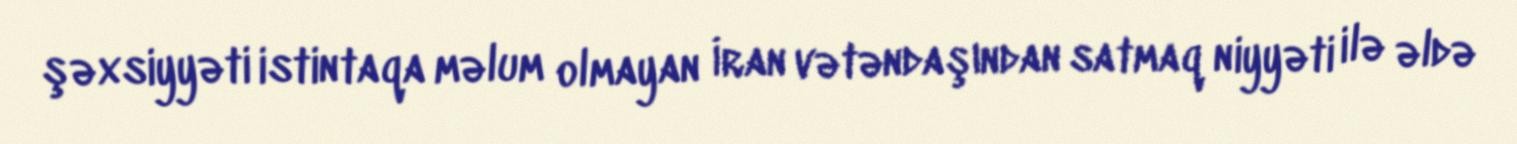
şəxsiyyəti istintaqa məlum olmayan İran vətəndaşından satmaq niyyəti ilə əldə